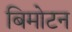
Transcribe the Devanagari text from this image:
बिमोटन